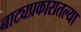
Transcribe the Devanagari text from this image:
नाट्यप्रकारातल्या